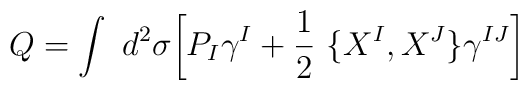
Q=\int~d^2\sigma\biggl[ P_I\gamma^I+\frac{1}{2}~\lbrace X^I,X^J\rbrace\gamma^{IJ}\biggr]